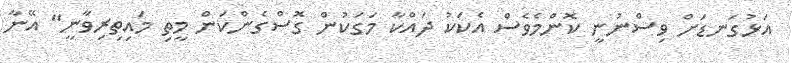
އަޅުގަނޑަށް ވިސްނުނީ ކޮންމެވެސް އެކަކު ދައްކާ މަގަކުން ގޮސްގެންކަން މީތި މައިތިރިވާނީ" އޭނާ